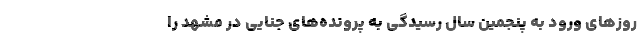
روز‌های ورود به پنجمین سال رسیدگی به پرونده‌های جنایی در مشهد را